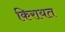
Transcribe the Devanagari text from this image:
किरायत